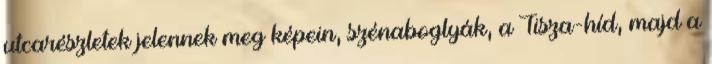
utcarészletek jelennek meg képein, szénaboglyák, a Tisza-híd, majd a